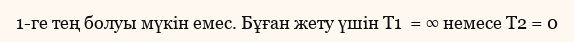
1-ге тең болуы мүкін емес. Бұған жету үшін Т1  = ∞ немесе Т2 = 0